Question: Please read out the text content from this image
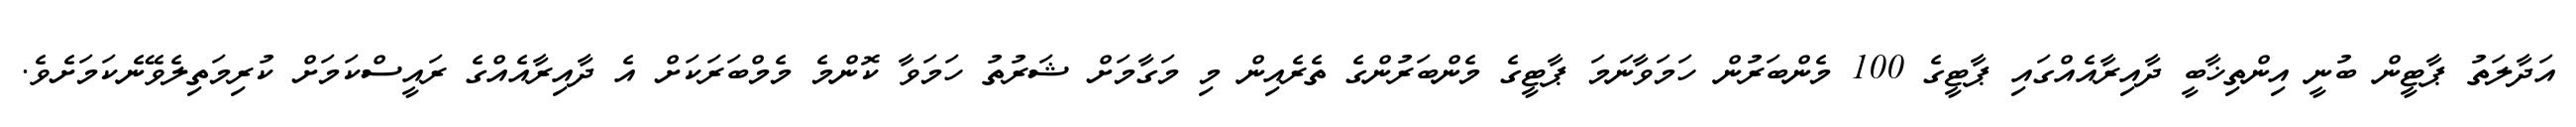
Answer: އަދާލަތު ޕާޓީން ބުނީ އިންތިޚާބީ ދާއިރާއެއްގައި ޕާޓީގެ 100 މެންބަރުން ހަމަވާނަމަ ޕާޓީގެ މެންބަރުންގެ ތެރެއިން މި މަގާމަށް ޝަރުތު ހަމަވާ ކޮންމެ މެމްބަރަކަށް އެ ދާއިރާއެއްގެ ރައީސްކަމަށް ކުރިމަތިލެވޭނެކަމަށެވެ.